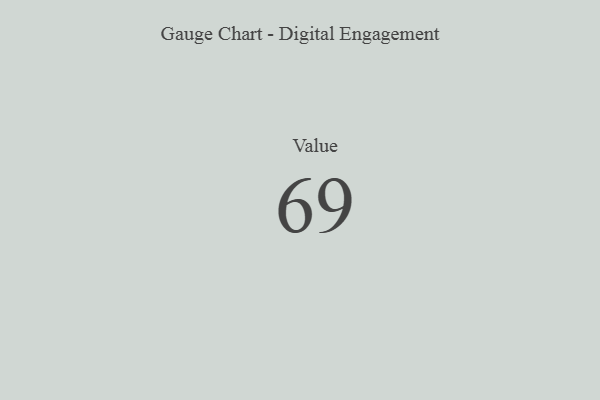
{"axis": {"x": "Metric", "y": "Value"}, "legend": [""], "data": [{"x": "Value", "y": 69, "type": ""}]}